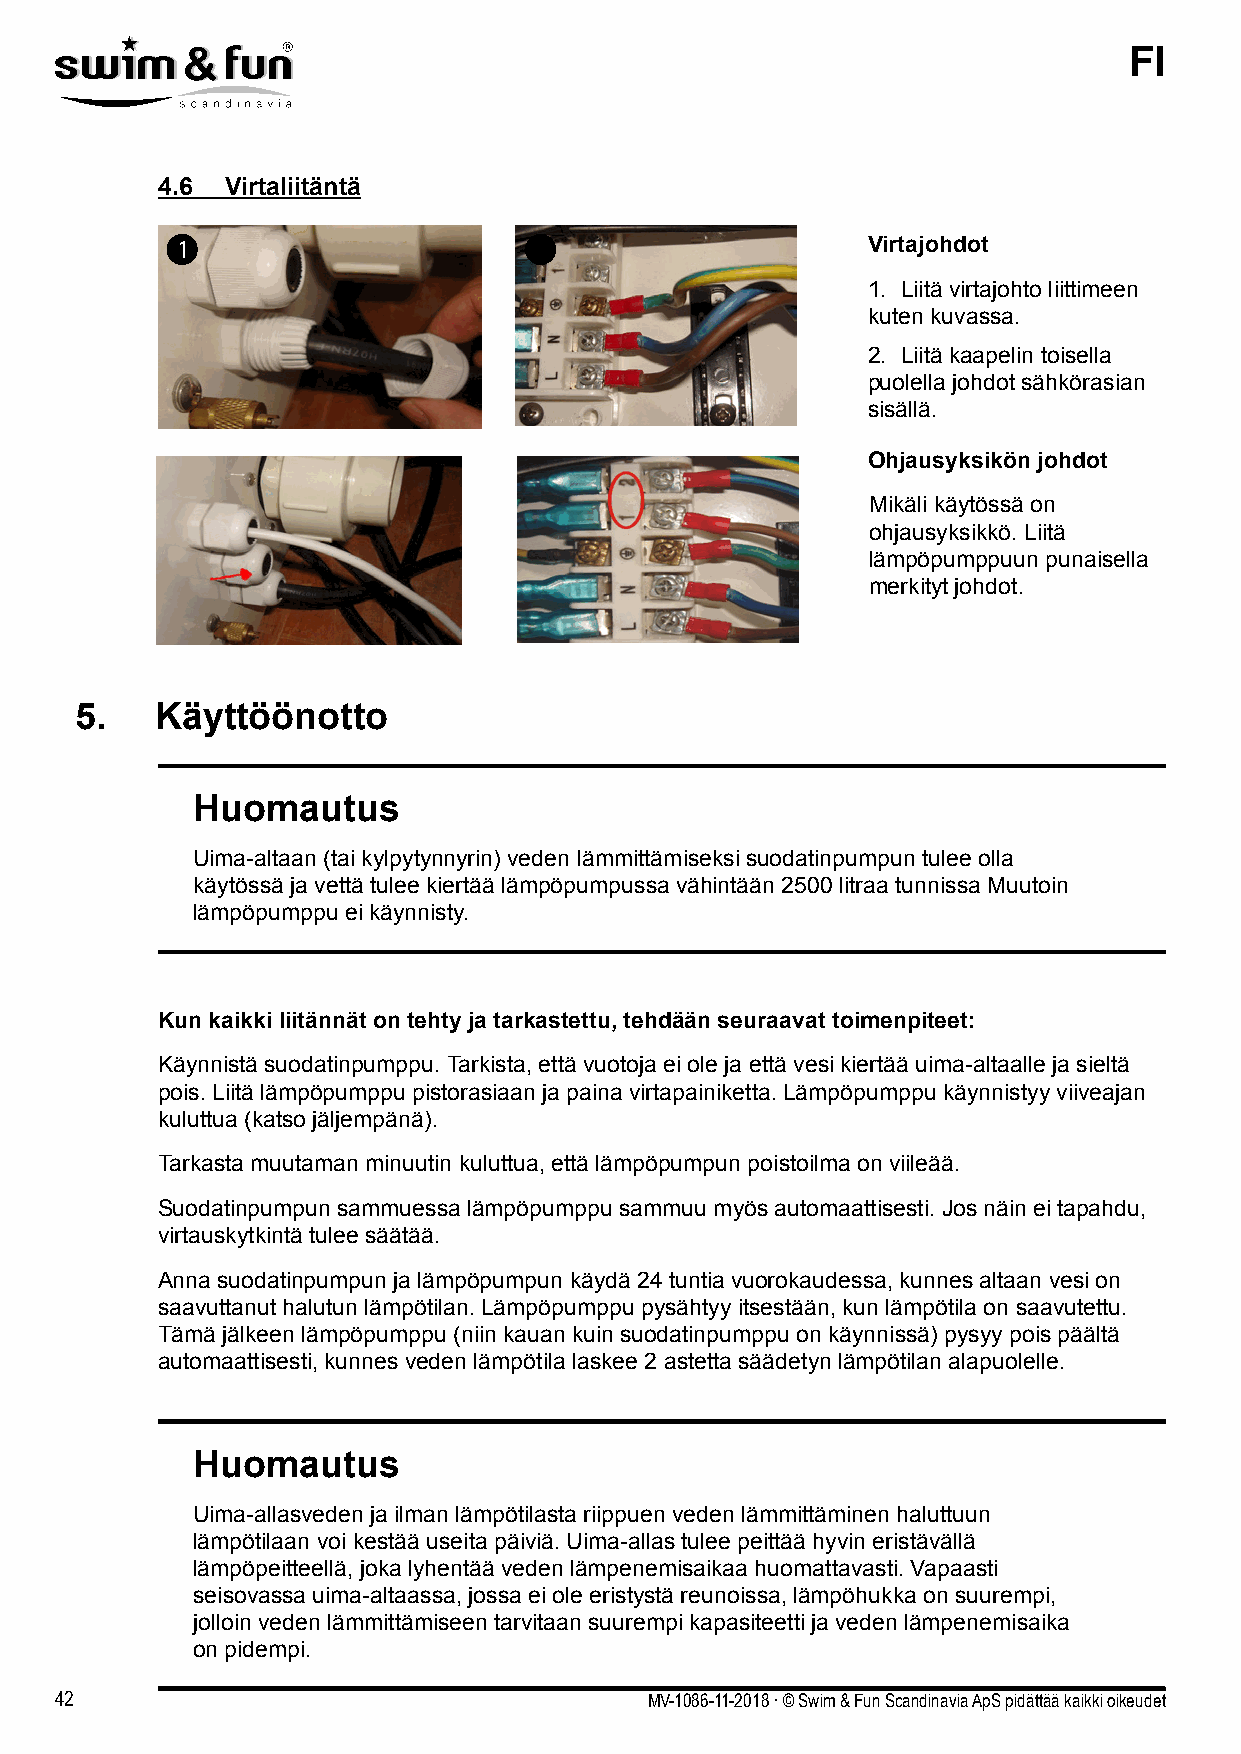
FI
 4.6  Virtaliitäntä
 Virtajohdot
 1. Liitä virtajohto liittimeen
 kuten kuvassa.
 2. Liitä kaapelin toisella
 puolella johdot sähkörasian
 sisällä.
 Ohjausyksikön johdot
 Mikäli käytössä on
 ohjausyksikkö. Liitä
 lämpöpumppuun punaisella
 merkityt johdot.
 5.   Käyttöönotto
 Huomautus
 Uima-altaan (tai kylpytynnyrin) veden lämmittämiseksi suodatinpumpun tulee olla
 käytössä ja vettä tulee kiertää lämpöpumpussa vähintään 2500 litraa tunnissa Muutoin
 lämpöpumppu ei käynnisty.
 Kun kaikki liitännät on tehty ja tarkastettu, tehdään seuraavat toimenpiteet:
 Käynnistä suodatinpumppu. Tarkista, että vuotoja ei ole ja että vesi kiertää uima-altaalle ja sieltä
 pois. Liitä lämpöpumppu pistorasiaan ja paina virtapainiketta. Lämpöpumppu käynnistyy viiveajan
 kuluttua (katso jäljempänä).
 Tarkasta muutaman minuutin kuluttua, että lämpöpumpun poistoilma on viileää.
 Suodatinpumpun sammuessa lämpöpumppu sammuu myös automaattisesti. Jos näin ei tapahdu,
 virtauskytkintä tulee säätää.
 Anna suodatinpumpun ja lämpöpumpun käydä 24 tuntia vuorokaudessa, kunnes altaan vesi on
 saavuttanut halutun lämpötilan. Lämpöpumppu pysähtyy itsestään, kun lämpötila on saavutettu.
 Tämä jälkeen lämpöpumppu (niin kauan kuin suodatinpumppu on käynnissä) pysyy pois päältä
 automaattisesti, kunnes veden lämpötila laskee 2 astetta säädetyn lämpötilan alapuolelle.
 Huomautus
 Uima-allasveden ja ilman lämpötilasta riippuen veden lämmittäminen haluttuun
 lämpötilaan voi kestää useita päiviä. Uima-allas tulee peittää hyvin eristävällä
 lämpöpeitteellä, joka lyhentää veden lämpenemisaikaa huomattavasti. Vapaasti
 seisovassa uima-altaassa, jossa ei ole eristystä reunoissa, lämpöhukka on suurempi,
 jolloin veden lämmittämiseen tarvitaan suurempi kapasiteetti ja veden lämpenemisaika
 on pidempi.
 42                                     MV-1086-11-2018 . © Swim & Fun Scandinavia ApS pidättää kaikki oikeudet